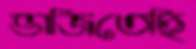
ভাজিতেছি